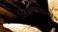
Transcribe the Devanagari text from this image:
शिक्षणासारखे